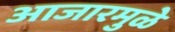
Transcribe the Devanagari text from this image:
आजारमुळे